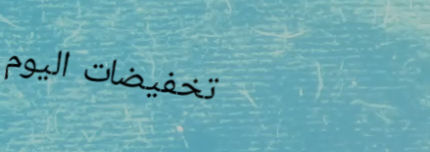
تخفيضات اليوم